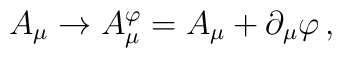
A_{\mu} \to A_{\mu}^{\varphi} =A_{\mu} + \partial_{\mu} \varphi \, ,